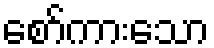
စော်ကားသော